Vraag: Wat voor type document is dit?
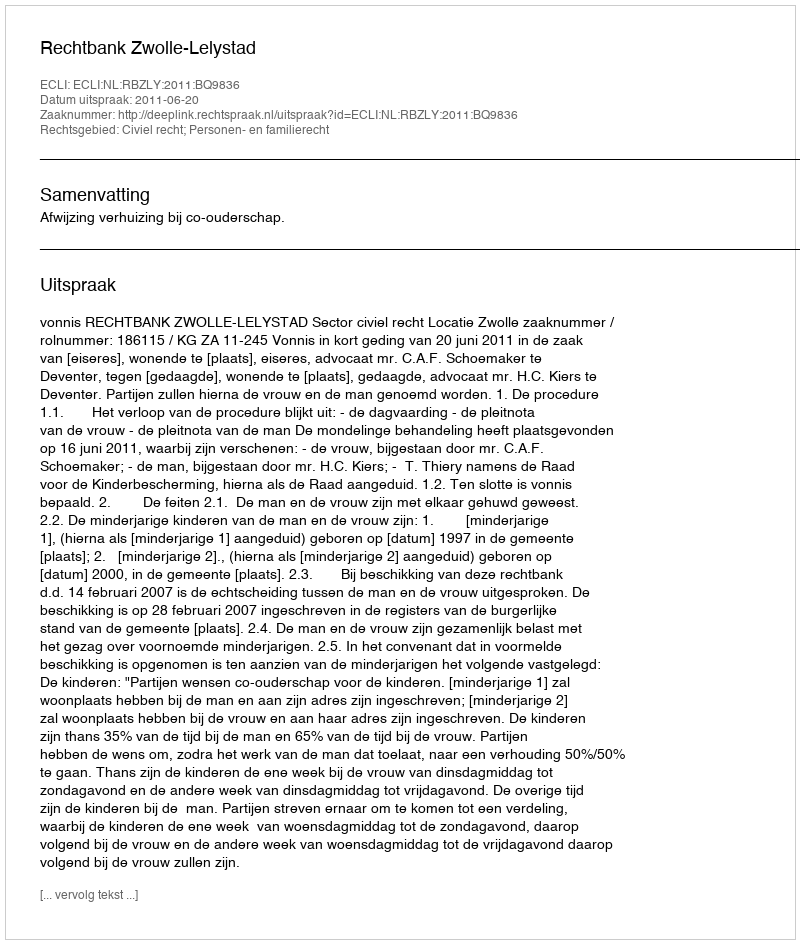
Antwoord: Uitspraak